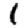
Digit: 1